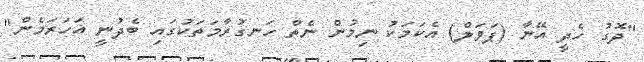
"ދޮގު ހެދީ އޭނާ (ޕަވަލް) އެކަމަކު ނިމުން ނެތް ހަނގުރާމަތަކުގައި ބެދުނީ އަހަރަމެން"